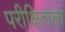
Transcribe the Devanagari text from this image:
परीक्षिताला